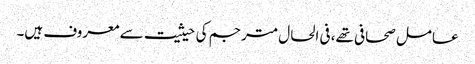
عامل صحافی تھے، فی الحال مترجم کی حیثیت سے معروف ہیں۔